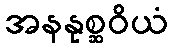
အနနုစ္ဆဝိယံ